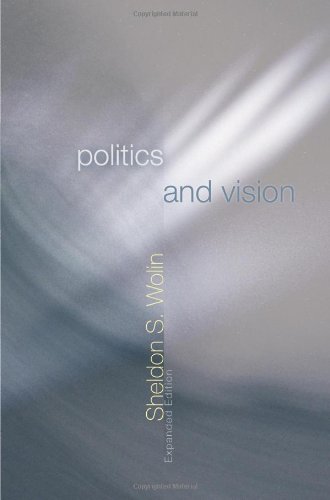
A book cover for Politics and Vision: Continuity and Innovation in Western Political Thought; Sheldon S. Wolin; Politics & Social Sciences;